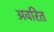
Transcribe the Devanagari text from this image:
अवरित